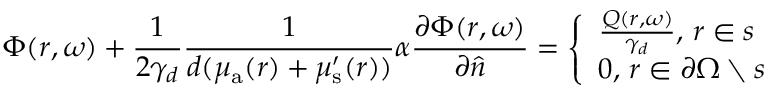
\Phi ( r , \omega ) + \frac { 1 } { 2 \gamma _ { d } } \frac { 1 } { d ( \mu _ { { \mathrm a } } ( r ) + \mu _ { \mathrm { s } } ^ { \prime } ( r ) ) } \alpha \frac { \partial \Phi ( r , \omega ) } { \partial \hat { n } } = \left\{ \begin{array} { l } { \frac { Q ( r , \omega ) } { \gamma _ { d } } , \, r \in s } \\ { 0 , \, r \in \partial \Omega \setminus s } \end{array} \right.